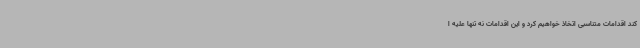
کند اقدامات متناسبی اتخاذ خواهیم کرد و این اقدامات نه تنها علیه ا